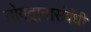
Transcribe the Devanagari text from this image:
योगदानासंबंधी